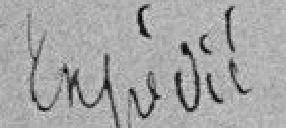
Expédié